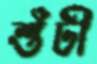
শুঁটী